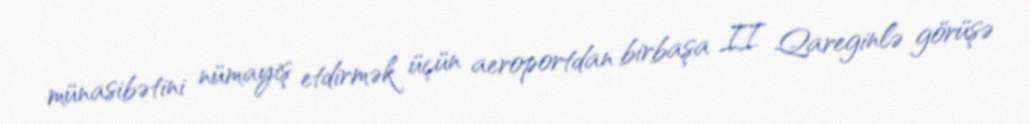
münasibətini nümayiş etdirmək üçün aeroportdan birbaşa II Qareginlə görüşə